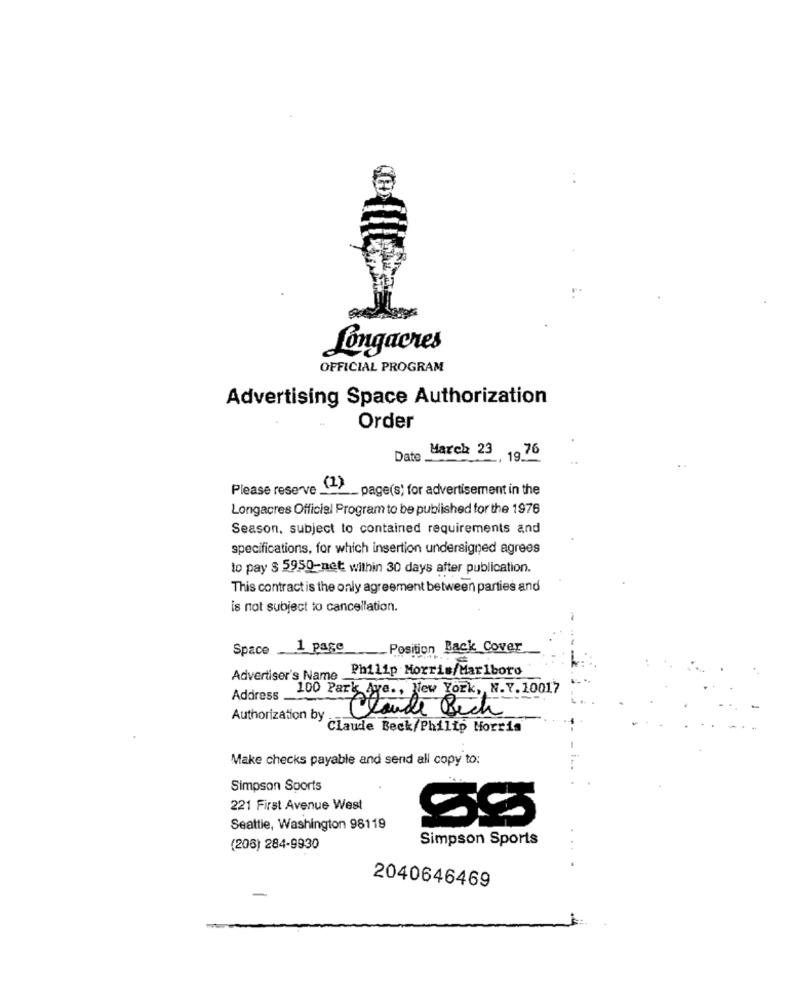
Longacres
OFFICIAL PROGRAM
Advertising Space Authorization
Order
March 23
19 76
Date .
Please reserve \"> _ page(s) for advertisement in the
Longacres Official Program to be published for the 1976
Season, subject to contained requirements and
specifications, for which insertion undersigned agrees
to pay $ 5950-net within 30 days after publication.
This contract is the only agreement between parties and
is not subject to cancellation.
Space
1 page
_Position Back Cover
Philip Morris/Marlboro
Advertiser's Name
100 Park Ave ., New York, N.Y.10017
Address
Claude Bech
Authorization Dy claude Beck/Philip Morris
Make checks payable and send all copy to:
Simpson Sports
221 First Avenue West
55
Seattle, Washington 98119
Simpson Sports
(206) 284-9930
. .
2040646469
-